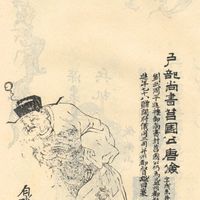
俭节则昌，淫佚则亡。